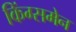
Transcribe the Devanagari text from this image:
किंग्समेन